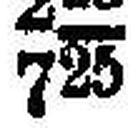
725